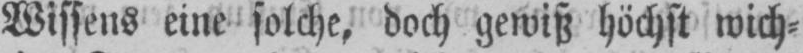
Wissens eine solche, doch gewiß höchst wich⸗